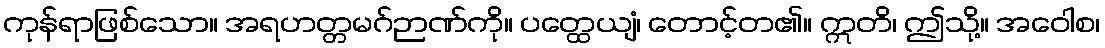
ကုန်ရာဖြစ်သော။ အရဟတ္တမဂ်ဉာဏ်ကို။ ပတ္ထေယျံ၊ တောင့်တ၏။ ဣတိ၊ ဤသို့။ အဝေါစ၊